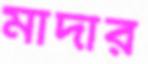
মাদার